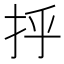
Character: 𫼞